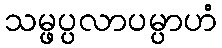
သမ္ဖပ္ပလာပမ္ပာဟံ